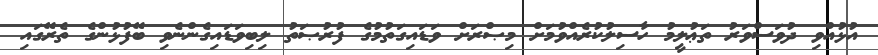
އުޅުއްވި ދުވަސްވަރު ތަޢުލީމު ހާސިލުކުރެއްވުމަށް މިޞްރަށް ވަޑައިގަތުމުގެ ފުރުޞަތު ލިބިވަޑައިގެންނެވި ބޭފުޅުންގެ ތެރޭގައި